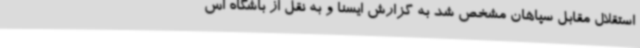
استقلال مقابل سپاهان مشخص شد به گزارش ایسنا و به نقل از باشگاه اس